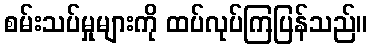
စမ်းသပ်မှုများကို ထပ်လုပ်ကြပြန်သည်။